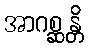
အာဂစ္ဆန္တိ